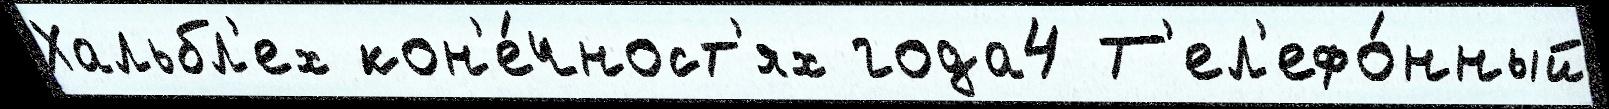
Хальбл'ех кон'е́чност'ях года4 Т'ел'ефо́нный